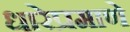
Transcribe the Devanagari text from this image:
धारेप्रमाणे